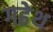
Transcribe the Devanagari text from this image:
गहेथ